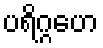
ပရိဂ္ဂဟေ